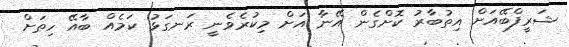
ޝަރީފްބޭއަށް އިތުބާރު ކޮށްގެން އޭނާ އަށް މިކުރެވެނީ ރަނގަޅު ކަމެއް ބާއޭ ހިތަށް